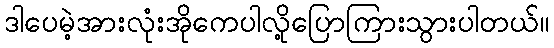
ဒါပေမဲ့အားလုံးအိုကေပါလို့ပြောကြားသွားပါတယ်။